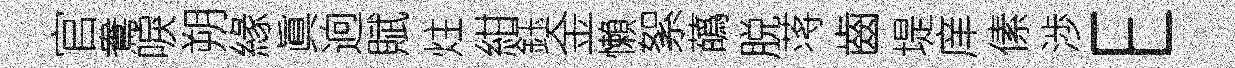
官鴦唳朔緣眞逈賦炷紺鈺金懶絮蘤脱蒋齒堤庠傃渉E